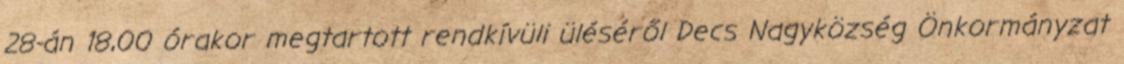
28-án 18,00 órakor megtartott rendkívüli üléséről Decs Nagyközség Önkormányzat